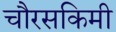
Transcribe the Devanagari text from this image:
चौरसकिमी